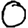
Digit: 0